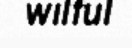
wilful